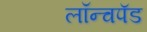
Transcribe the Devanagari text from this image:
लॉन्चपॅड